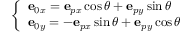
\left\{ \begin{array} { l l } { \mathbf { e } _ { 0 x } = \mathbf { e } _ { p x } \cos \theta + \mathbf { e } _ { p y } \sin \theta } \\ { \mathbf { e } _ { 0 y } = - \mathbf { e } _ { p x } \sin \theta + \mathbf { e } _ { p y } \cos \theta } \end{array} \right.